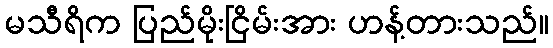
မသီရိက ပြည်မိုးငြိမ်းအား ဟန့်တားသည်။